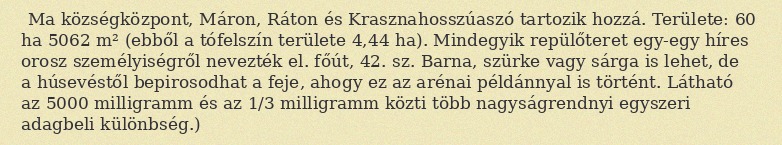
Ma községközpont, Máron, Ráton és Krasznahosszúaszó tartozik hozzá. Területe: 60 ha 5062 m² (ebből a tófelszín területe 4,44 ha). Mindegyik repülőteret egy-egy híres orosz személyiségről nevezték el. főút, 42. sz. Barna, szürke vagy sárga is lehet, de a húsevéstől bepirosodhat a feje, ahogy ez az arénai példánnyal is történt. Látható az 5000 milligramm és az 1/3 milligramm közti több nagyságrendnyi egyszeri adagbeli különbség.)